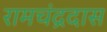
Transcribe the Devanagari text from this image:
रामचंद्रदास